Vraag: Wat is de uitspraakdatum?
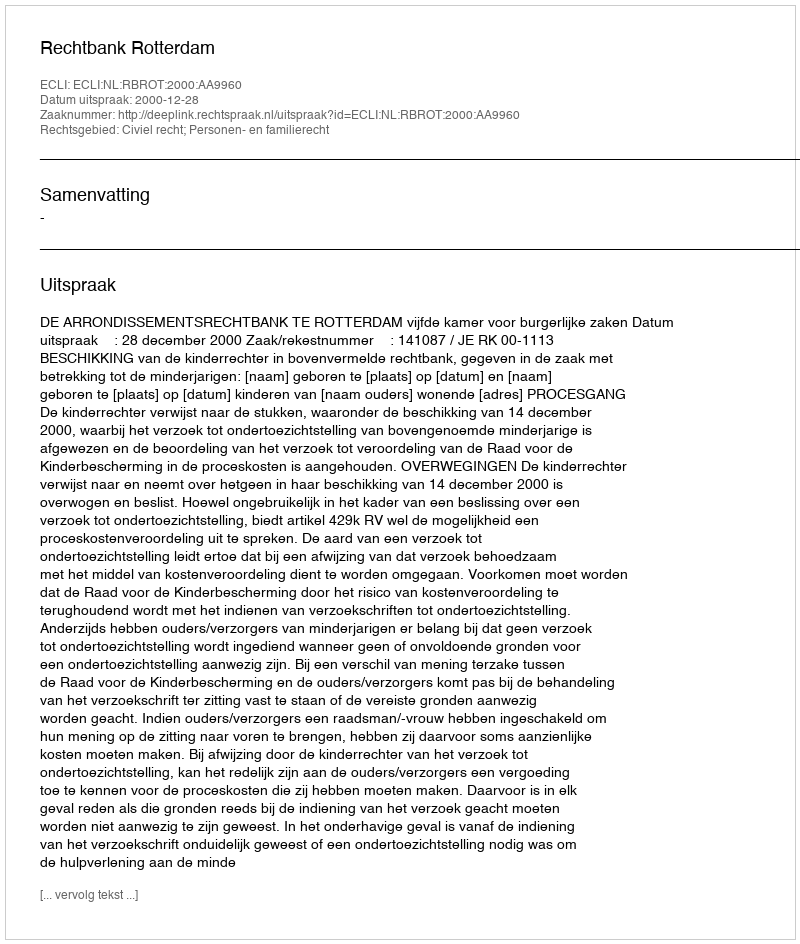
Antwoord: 2000-12-28